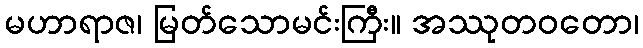
မဟာရာဇ၊ မြတ်သောမင်းကြီး။ အဿုတဝတော၊